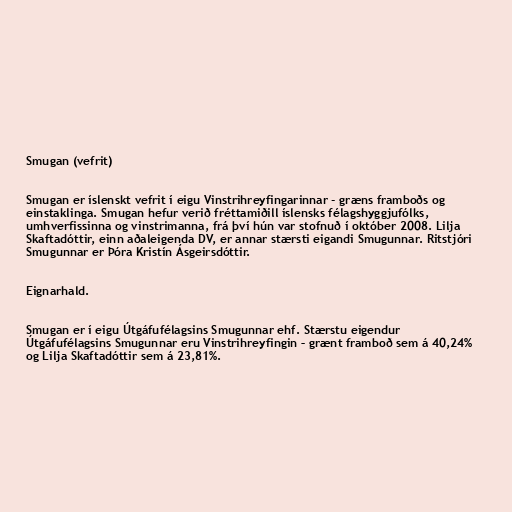
Smugan (vefrit)

Smugan er íslenskt vefrit í eigu Vinstrihreyfingarinnar - græns framboðs og
einstaklinga. Smugan hefur verið fréttamiðill íslensks félagshyggjufólks,
umhverfissinna og vinstrimanna, frá því hún var stofnuð í október 2008. Lilja
Skaftadóttir, einn aðaleigenda DV, er annar stærsti eigandi Smugunnar. Ritstjóri
Smugunnar er Þóra Kristín Ásgeirsdóttir.

Eignarhald.

Smugan er í eigu Útgáfufélagsins Smugunnar ehf. Stærstu eigendur
Útgáfufélagsins Smugunnar eru Vinstrihreyfingin – grænt framboð sem á 40,24%
og Lilja Skaftadóttir sem á 23,81%.